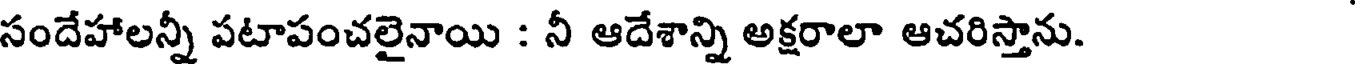
సందేహాలన్నీ పటాపంచలైనాయి : నీ ఆదేశాన్ని అక్షరాలా ఆచరిస్తాను.